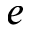
e